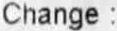
CHANGE :